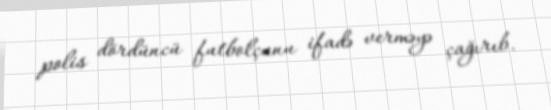
polis dördüncü futbolçunu ifadə verməyə çağırıb.